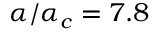
\alpha / \alpha _ { c } = 7 . 8